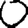
Digit: 0